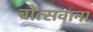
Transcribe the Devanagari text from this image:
बोत्‍सवाना